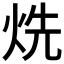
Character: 烍